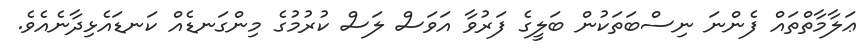
ޢަލާމާތްތައް ފެންނަ ނިސްބަތަކުން ބަލީގެ ފަރުވާ އަވަސް ލަސް ކުރުމުގެ މިންގަނޑެއް ކަނޑައެޅިދާނެއެވެ.